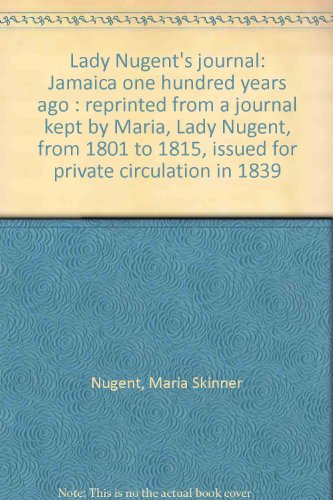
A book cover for Lady Nugent's Journal: Jamaica one hundred years ago : reprinted from a journal kept by Maria, Lady Nugent, from 1801 to 1815, issued for private circulation in 1839; Maria Skinner Nugent; Travel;